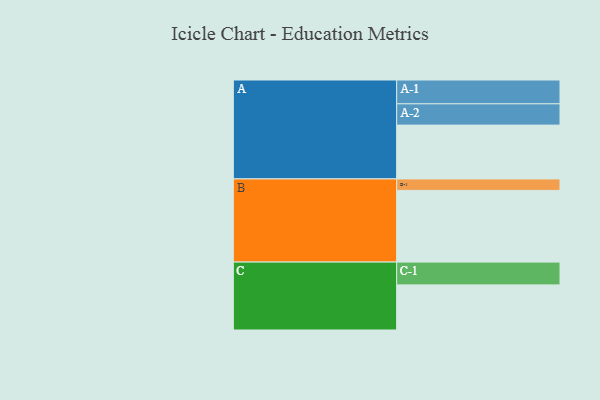
{"axis": {"x": "Segment", "y": "Value"}, "legend": ["", "A", "B", "C"], "data": [{"x": "A", "y": 427, "type": ""}, {"x": "B", "y": 569, "type": ""}, {"x": "C", "y": 358, "type": ""}, {"x": "A-1", "y": 189, "type": "A"}, {"x": "A-2", "y": 169, "type": "A"}, {"x": "B-1", "y": 91, "type": "B"}, {"x": "C-1", "y": 181, "type": "C"}]}